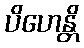
ပိဟေန္တိ